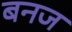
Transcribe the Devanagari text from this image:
बनज